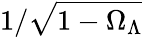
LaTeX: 1/\sqrt{1-\Omega_{\Lambda}}